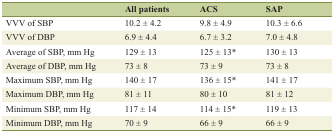
<table><thead><tr><td></td><td><b>All patients</b></td><td><b>ACS</b></td><td><b>SAP</b></td></tr></thead><tbody><tr><td>VVV of SBP</td><td>10.2 ± 4.2</td><td>9.8 ± 4.9</td><td>10.3 ± 6.6</td></tr><tr><td>VVV of DBP</td><td>6.9 ± 4.4</td><td>6.7 ± 3.2</td><td>7.0 ± 4.8</td></tr><tr><td>Average of SBP, mm Hg</td><td>129 ± 13</td><td>125 ± 13*</td><td>130 ± 13</td></tr><tr><td>Average of DBP, mm Hg</td><td>73 ± 8</td><td>73 ± 9</td><td>73 ± 8</td></tr><tr><td>Maximum SBP, mm Hg</td><td>140 ± 17</td><td>136 ± 15*</td><td>141 ± 17</td></tr><tr><td>Maximum DBP, mm Hg</td><td>81 ± 11</td><td>80 ± 10</td><td>81 ± 12</td></tr><tr><td>Minimum SBP, mm Hg</td><td>117 ± 14</td><td>114 ± 15*</td><td>119 ± 13</td></tr><tr><td>Minimum DBP, mm Hg</td><td>70 ± 9</td><td>66 ± 9</td><td>66 ± 9</td></tr></tbody></table>